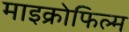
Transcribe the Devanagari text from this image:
माइक्रोफिल्‍म